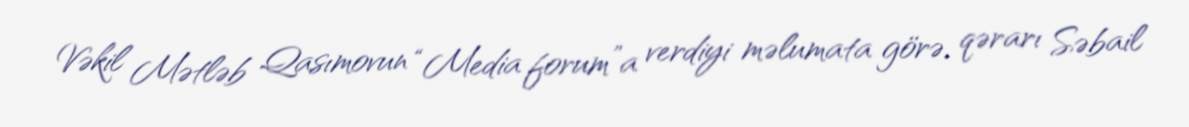
Vəkil Mətləb Qasımovun “Media forum”a verdiyi məlumata görə, qərarı Səbail